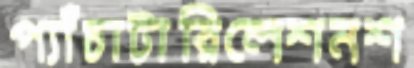
প্যাঁচাটারিলেশনশ